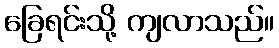
ခြေရင်းသို့ ကျလာသည်။